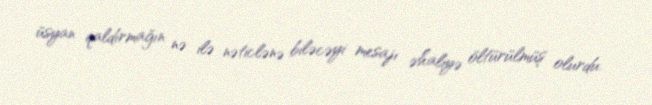
üsyan qaldırmağın nə ilə nəticlənə biləcəyi mesajı əhaliyə öltürülmüş olurdu.